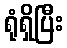
ရုံရှိပြီး